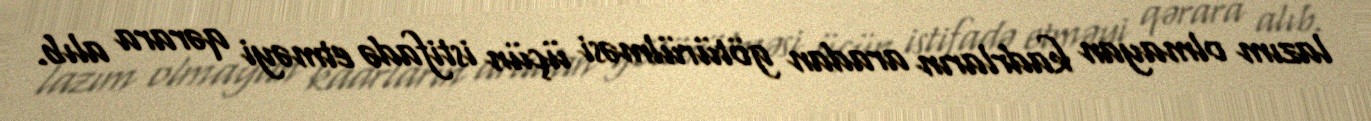
lazım olmayan kadrların aradan götürülməsi üçün istifadə etməyi qərara alıb.